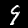
Label: 9